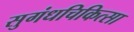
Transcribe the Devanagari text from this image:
सुगंधचिकित्सा